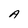
Character: A